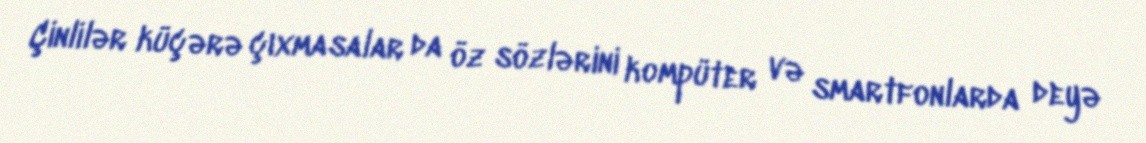
Çinlilər küçərə çıxmasalar da öz sözlərini kompüter və smartfonlarda deyə